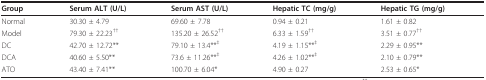
| Group | Serum ALT (U/L) | Serum AST (U/L) | Hepatic TC (mg/g) | Hepatic TG (mg/g) |
 | --- | --- | --- | --- | --- |
 | Normal | 30.30 ± 4.79 | 69.60 ± 7.78 | 0.94 ± 0.21 | 1.61 ± 0.82 |
 | Model | 79.30 ± 22.23†† | 135.20 ± 26.52†† | 6.33 ± 1.59†† | 3.51 ± 0.77†† |
 | DC | 42.70 ± 12.72** | 79.10 ± 13.4**‡ | 4.19 ± 1.15**‡ | 2.29 ± 0.95** |
 | DCA | 40.60 ± 5.50** | 73.6 ± 11.26**‡ | 4.26 ± 1.02**‡ | 2.10 ± 0.79** |
 | ATO | 43.40 ± 7.41** | 100.70 ± 6.04* | 4.90 ± 0.27 | 2.53 ± 0.65* |